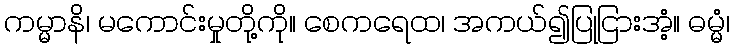
ကမ္မာနိ၊ မကောင်းမှုတို့ကို။ စေကရေထ၊ အကယ်၍ပြုငြားအံ့။ ဓမ္မံ၊